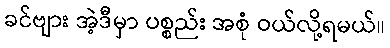
ခင်ဗျား အဲ့ဒီမှာ ပစ္စည်း အစုံ ဝယ်လို့ရမယ်။